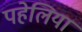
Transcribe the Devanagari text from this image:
पहेलिया